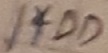
Text: 1*DD